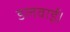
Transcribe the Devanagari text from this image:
डलवाई।